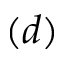
( d )